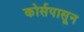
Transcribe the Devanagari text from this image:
कोर्सपासून